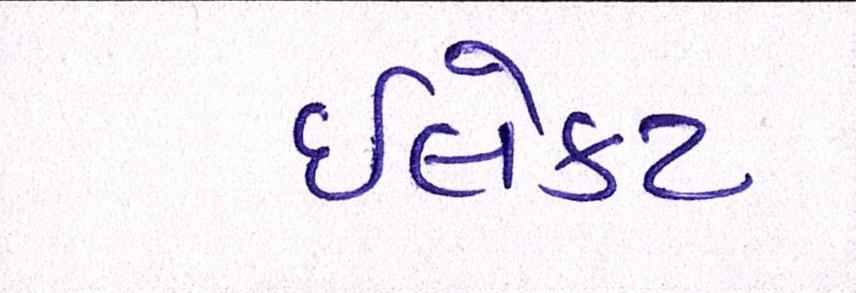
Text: ઈલેક્ટ